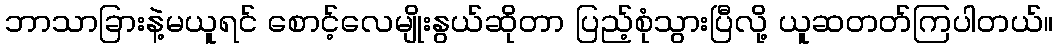
ဘာသာခြားနဲ့မယူရင် စောင့်လေမျိုးနွယ်ဆိုတာ ပြည့်စုံသွားပြီလို့ ယူဆတတ်ကြပါတယ်။